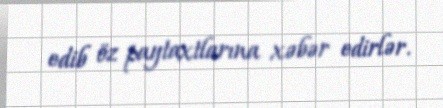
edib öz paytaxtlarına xəbər edirlər.